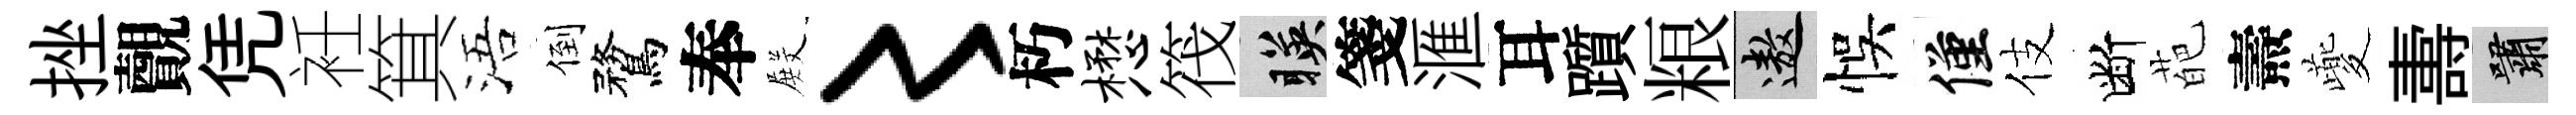
挫覿凭衽箕浯倒鶩奉𭮺〻朽懋筏暎箋滙耳躓粮遨悞僅伎断葩燾夔夀嘯